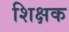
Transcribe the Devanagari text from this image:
शिक्षक